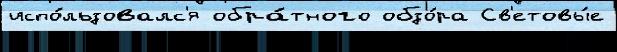
испо́льзовалс'я обра́тного обзо́ра Св'етовы́е